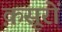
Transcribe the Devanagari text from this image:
क़सूरों